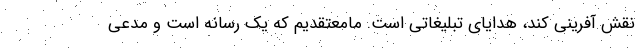
نقش آفرینی کند، هدایای تبلیغاتی است. مامعتقدیم که یک رسانه است و مدعی